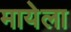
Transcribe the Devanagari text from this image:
मायेला